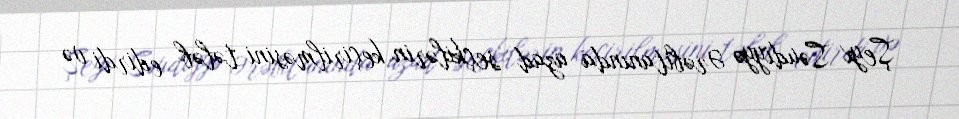
Şeyx Səudiyyə Ərəbitanında azad seçkilərin keçirilməsini tələb edirdi və